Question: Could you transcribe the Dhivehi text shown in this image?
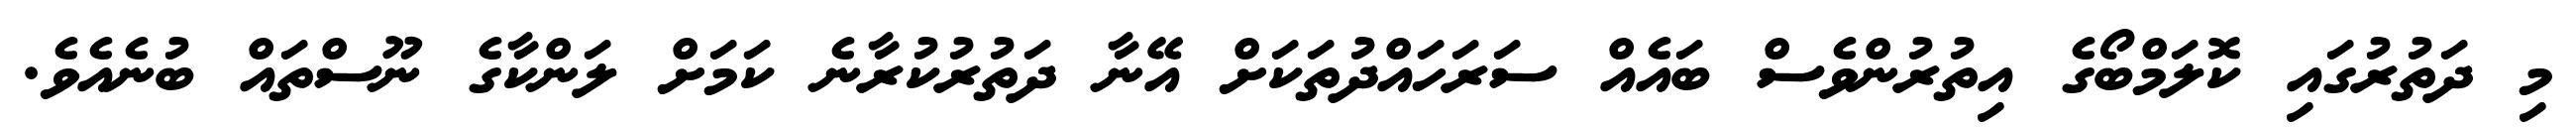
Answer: މި ދަތުރުގައި ކޮލަމްބޯގެ އިތުރުންވެސް ބައެއް ސަރަހައްދުތަކަށް އޭނާ ދަތުރުކުރާނެ ކަމަށް ލަންކާގެ ނޫސްތައް ބުނެއެވެ.